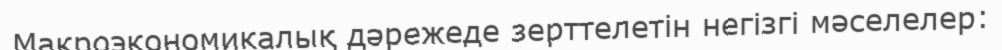
Макроэкономикалық дәрежеде зерттелетін негізгі мәселелер: